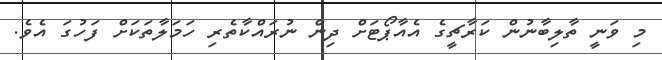
މި ވަނީ ތާލިބާނުން ކަރާޗީގެ އެއާޕޯޓަށް ދިން ނުރައްކާތެރި ހަމަލާތަކަށް ފަހުގަ އެވެ.